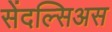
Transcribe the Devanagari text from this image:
सेंदल्सिअस